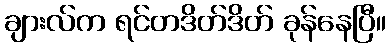
ချားလ်က ရင်တဒိတ်ဒိတ် ခုန်နေပြီ။